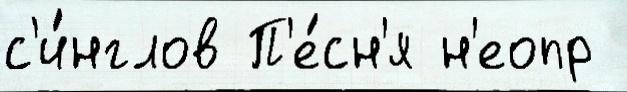
с'и́нглов П'е́сн'я н'еопр